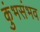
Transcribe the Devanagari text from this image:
कुंभसंभव